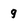
Character: 9